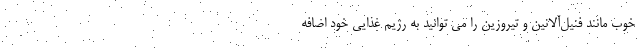
خوب مانند فنیل‌آلانین و تیروزین را می توانید به رژیم غذایی خود اضافه